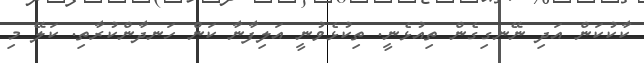
ކާކުކަން އަދި ނޭނގިގެން ތިއުޅެނީ. ތިކުޅެވުނީ އަލިފާނާ ކަން ހަނދާންކުރާތި. ކަލޭ މި